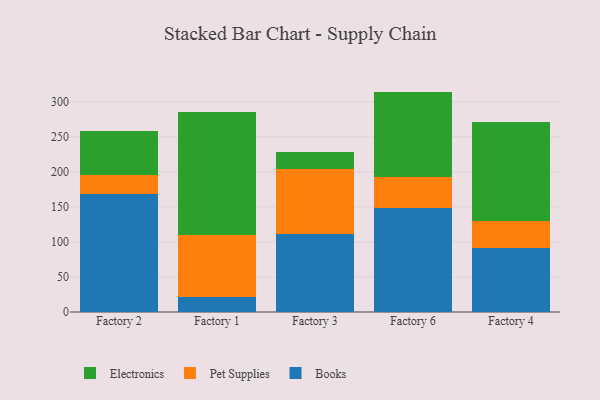
{"axis": {"x": "Factory", "y": "Market Share (%)"}, "legend": ["Books", "Electronics", "Pet Supplies"], "data": [{"x": "Factory 2", "y": 168.0, "type": "Books"}, {"x": "Factory 2", "y": 27.8, "type": "Pet Supplies"}, {"x": "Factory 2", "y": 62.0, "type": "Electronics"}, {"x": "Factory 1", "y": 21.3, "type": "Books"}, {"x": "Factory 1", "y": 88.2, "type": "Pet Supplies"}, {"x": "Factory 1", "y": 176.1, "type": "Electronics"}, {"x": "Factory 3", "y": 111.5, "type": "Books"}, {"x": "Factory 3", "y": 93.1, "type": "Pet Supplies"}, {"x": "Factory 3", "y": 23.9, "type": "Electronics"}, {"x": "Factory 6", "y": 149.2, "type": "Books"}, {"x": "Factory 6", "y": 42.9, "type": "Pet Supplies"}, {"x": "Factory 6", "y": 122.6, "type": "Electronics"}, {"x": "Factory 4", "y": 91.2, "type": "Books"}, {"x": "Factory 4", "y": 38.2, "type": "Pet Supplies"}, {"x": "Factory 4", "y": 141.4, "type": "Electronics"}]}